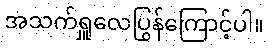
အသက်ရှူလေပြွန်ကြောင့်ပါ။